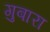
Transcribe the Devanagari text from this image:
गुबारा